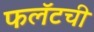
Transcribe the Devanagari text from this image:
फलॅटची